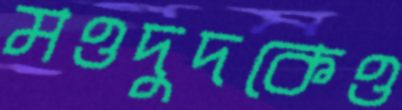
মওদুদকেও